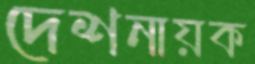
দেশনায়ক